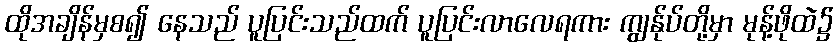
ထိုအချိန်မှစ၍ နေသည် ပူပြင်းသည်ထက် ပူပြင်းလာလေရကား ကျွန်ုပ်တို့မှာ မုန့်ဖိုထဲ၌